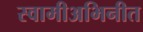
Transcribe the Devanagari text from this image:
स्वामीअभिनीत